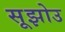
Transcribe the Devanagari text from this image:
सूझोउ